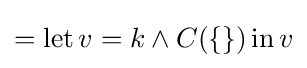
=\operatorname {let} v=k\land C(\{\})\operatorname {in} v